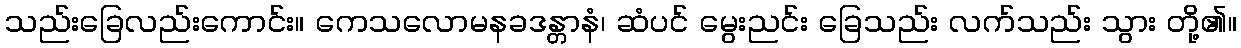
သည်းခြေလည်းကောင်း။ ကေသလောမနခဒန္တာနံ၊ ဆံပင် မွေးညင်း ခြေသည်း လက်သည်း သွား တို့၏။